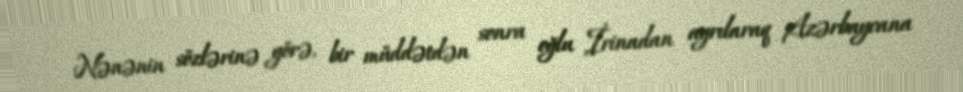
Nənənin sözlərinə görə, bir müddətdən sonra oğlu İrinadan ayrılaraq Azərbaycana